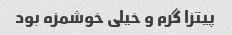
پیتزا گرم و خیلی خوشمزه بود